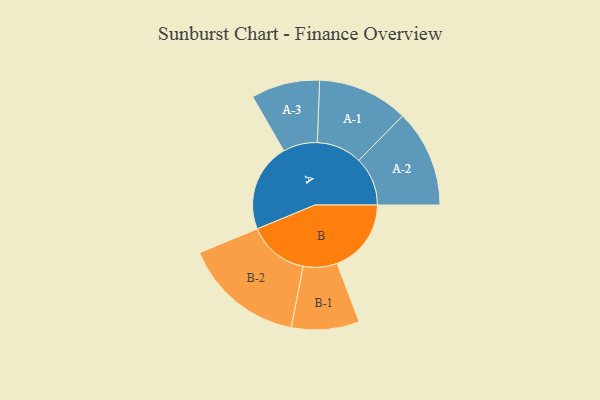
{"axis": {"x": "Segment", "y": "Value"}, "legend": ["", "A", "B"], "data": [{"x": "A", "y": 417, "type": ""}, {"x": "B", "y": 350, "type": ""}, {"x": "A-1", "y": 214, "type": "A"}, {"x": "A-2", "y": 230, "type": "A"}, {"x": "A-3", "y": 162, "type": "A"}, {"x": "B-1", "y": 160, "type": "B"}, {"x": "B-2", "y": 286, "type": "B"}]}